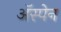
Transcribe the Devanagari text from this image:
अॅस्पेन